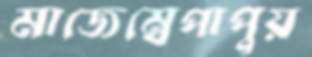
মাজেম্বেপাপুয়